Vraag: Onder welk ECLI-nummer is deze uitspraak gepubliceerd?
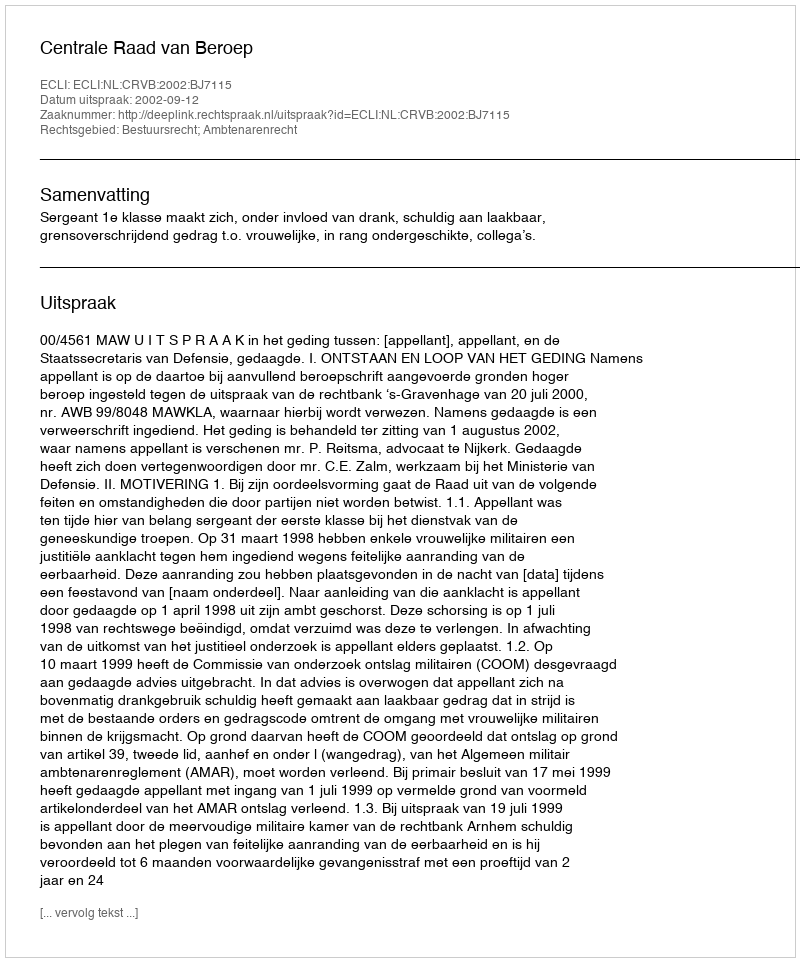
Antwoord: ECLI:NL:CRVB:2002:BJ7115